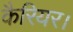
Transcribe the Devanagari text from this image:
कैरियर।